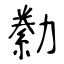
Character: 勬